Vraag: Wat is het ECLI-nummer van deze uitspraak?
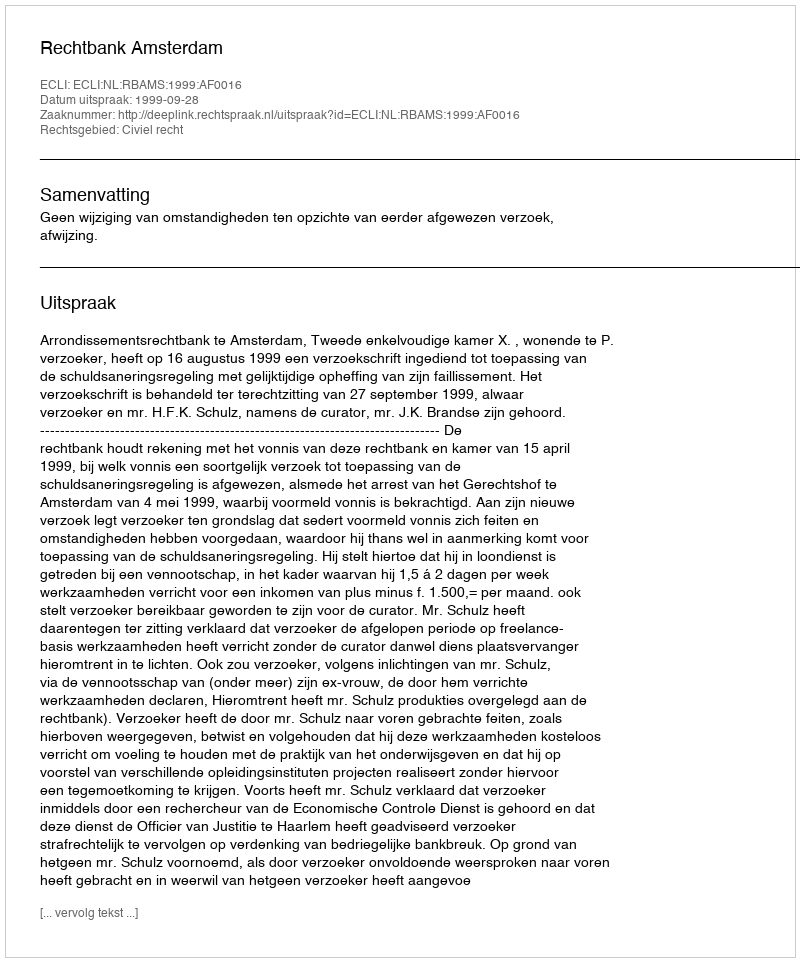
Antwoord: ECLI:NL:RBAMS:1999:AF0016